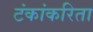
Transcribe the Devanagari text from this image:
टंकांकरिता